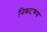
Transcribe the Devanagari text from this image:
निकटरूप